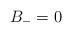
LaTeX: \begin{align*}B_- = 0\end{align*}